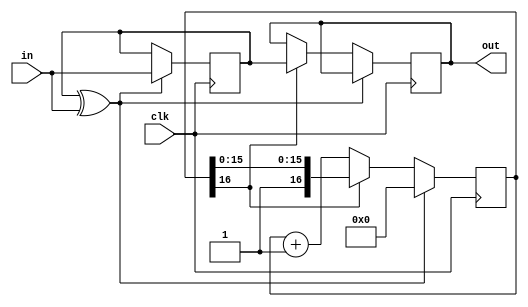
//-- Debouncer Circuit
//-- It produces a stable output when the
//-- input signal is bouncing
 
module debouncer (
			input wire clk,
			input wire  in,		//loan io inputs coming from soc_hps block
			output wire out
			); 
 
reg btn_prev = 0;
reg btn_out_r = 0;
reg [16:0] counter = 0;
 
always @(posedge clk) begin
 
  //-- If btn_prev and btn_in are differents
  if (btn_prev ^ in == 1'b1) begin
 
      //-- Reset the counter
      counter <= 0;
 
      //-- Capture the button status
      btn_prev <= in;
  end
 
  //-- If no timeout, increase the counter
  else if (counter[16] == 1'b0)
      counter <= counter + 1;
 
  else
    //-- Set the output to the stable value
    btn_out_r <= btn_prev;
 
end
 
assign out = btn_out_r;

endmodule